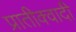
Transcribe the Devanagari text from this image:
प्रातीक्वादी